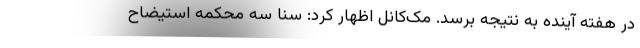
در هفته آینده به نتیجه برسد. مک‌کانل اظهار کرد: سنا سه محکمه استیضاح